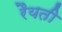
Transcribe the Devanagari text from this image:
रैयती